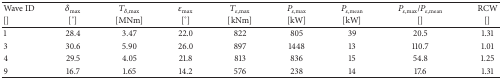
<table><thead><tr><td><b>Wave ID</b></td><td><b><i>δ</i><sub>max⁡</sub></b></td><td><b><i>T</i><sub><i>δ</i>,max⁡</sub></b></td><td><b><i>ε</i><sub>max⁡</sub></b></td><td><b><i>T</i><sub><i>ε</i>,max⁡</sub></b></td><td><b><i>P</i><sub><i>ε</i>,max</sub></b></td><td><b><i>P</i><sub><i>ε</i>,mean</sub></b></td><td><b><i>P</i><sub><i>ε</i>,max⁡</sub>/<i>P</i><sub><i>ε</i>,mean</sub></b></td><td><b>RCW</b></td></tr><tr><td><b>[]</b></td><td><b>[°]</b></td><td><b>[MNm]</b></td><td><b>[°]</b></td><td><b>[kNm]</b></td><td><b>[kW]</b></td><td><b>[kW]</b></td><td><b>[]</b></td><td><b>[]</b></td></tr></thead><tbody><tr><td>1</td><td>28.4</td><td>3.47</td><td>22.0</td><td>822</td><td>805</td><td>39</td><td>20.5</td><td>1.31</td></tr><tr><td>3</td><td>30.6</td><td>5.90</td><td>26.0</td><td>897</td><td>1448</td><td>13</td><td>110.7</td><td>1.01</td></tr><tr><td>4</td><td>29.5</td><td>4.05</td><td>21.8</td><td>813</td><td>836</td><td>15</td><td>54.8</td><td>1.25</td></tr><tr><td>9</td><td>16.7</td><td>1.65</td><td>14.2</td><td>576</td><td>238</td><td>14</td><td>17.6</td><td>1.31</td></tr></tbody></table>